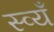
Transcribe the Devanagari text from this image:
स्व्यँ